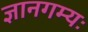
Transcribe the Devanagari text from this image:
ज्ञानगम्यः